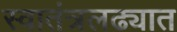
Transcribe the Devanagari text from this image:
स्वातंत्रलढ्यात